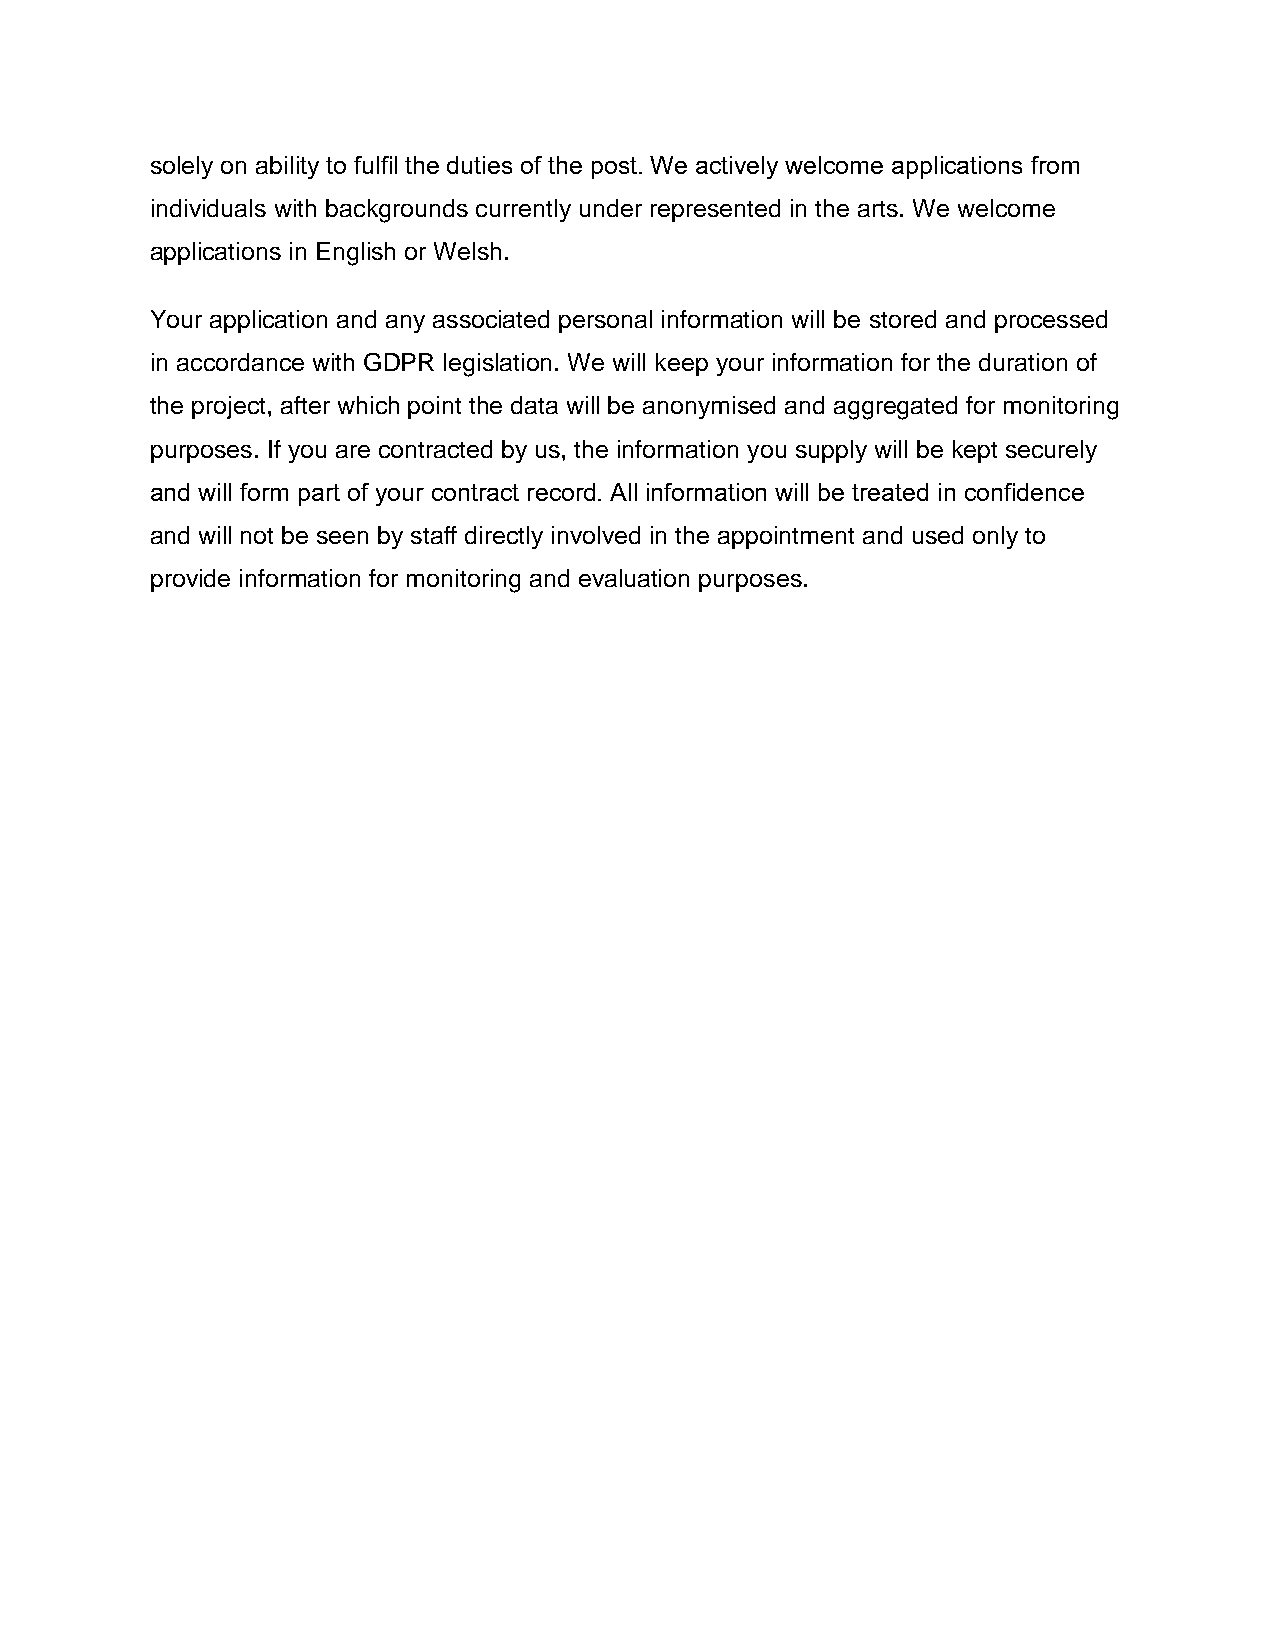
solely on ability to fulfil the duties of the post. We actively welcome applications from
 individuals with backgrounds currently under represented in the arts. We welcome
 applications in English or Welsh.
 Your application and any associated personal information will be stored and processed
 in accordance with GDPR legislation. We will keep your information for the duration of
 the project, after which point the data will be anonymised and aggregated for monitoring
 purposes. If you are contracted by us, the information you supply will be kept securely
 and will form part of your contract record. All information will be treated in confidence
 and will not be seen by staff directly involved in the appointment and used only to
 provide information for monitoring and evaluation purposes.